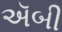
ઍબી